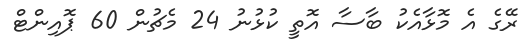
ރޭގެ އެ މޮޅާއެކު ބާސާ އޮތީ ކުޅުނު 24 މެޗުން 60 ޕޮއިންޓް